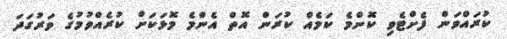
ކުރައްވަން ފެށްޓެވި ކޮންމެ ކަމެއް ކުރަން އޮތް އެންމެ މޮޅަކަށް ކުރެއްވުމުގެ ވަރުގަދަ